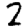
Digit: 2